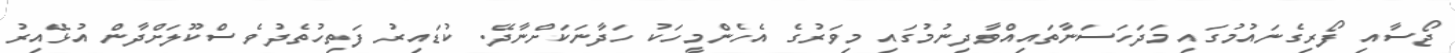
ޖޯސާއި ފޯރިގެނައުމުގައި މަދަހަސަނާތައިއްވާދިނުމުގައި މިވަރުގެ އެހެންމީހަކު ހަދާނަކަށްނާދޭ. ކުޑައިރު ފަތިހުތެދުވެ ސްކޫލަށްދާން އުޅޭއިރު